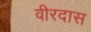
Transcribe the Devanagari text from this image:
वीरदास